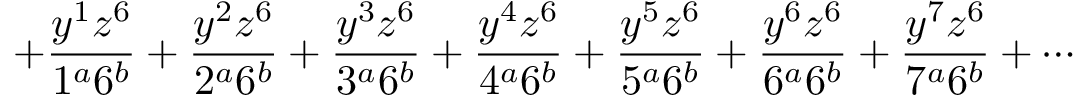
+ \frac { y ^ { 1 } z ^ { 6 } } { 1 ^ { a } 6 ^ { b } } + \frac { y ^ { 2 } z ^ { 6 } } { 2 ^ { a } 6 ^ { b } } + \frac { y ^ { 3 } z ^ { 6 } } { 3 ^ { a } 6 ^ { b } } + \frac { y ^ { 4 } z ^ { 6 } } { 4 ^ { a } 6 ^ { b } } + \frac { y ^ { 5 } z ^ { 6 } } { 5 ^ { a } 6 ^ { b } } + \frac { y ^ { 6 } z ^ { 6 } } { 6 ^ { a } 6 ^ { b } } + \frac { y ^ { 7 } z ^ { 6 } } { 7 ^ { a } 6 ^ { b } } + \cdots